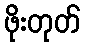
ဖိုးတုတ်